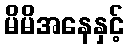
မိမိအနေနှင့်